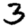
Digit: 3